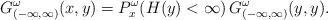
LaTeX: \begin{align*}G_{(-\infty,\infty)}^\omega(x,y)=P^{\omega}_x(H(y)<\infty)\, G_{(-\infty,\infty)}^\omega(y,y).\end{align*}